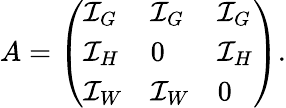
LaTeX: A=\left(\begin{array}{lll}{\mathcal I_{G}}&{\mathcal I_{G}}&{\mathcal I_{G}}\\ {\mathcal I_{H}}&{0}&{\mathcal I_{H}}\\ {\mathcal I_{W}}&{\mathcal I_{W}}&{0}\end{array}\right).